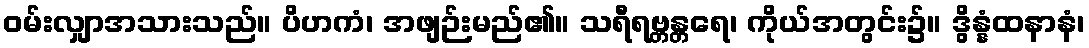
ဝမ်းလျှာအသားသည်။ ပိဟကံ၊ အဖျဉ်းမည်၏။ သရီရဗ္တန္တရေ၊ ကိုယ်အတွင်း၌။ ဒွိန္နံထနာနံ၊